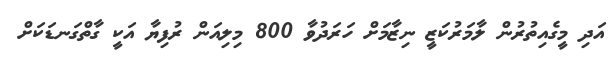
އަދި މީގެއިތުރުން ލާމަރުކަޒީ ނިޒާމަށް ހަރަދުވާ 800 މިލިއަން ރުފިޔާ އަކީ ގާތްގަނޑަކަށް